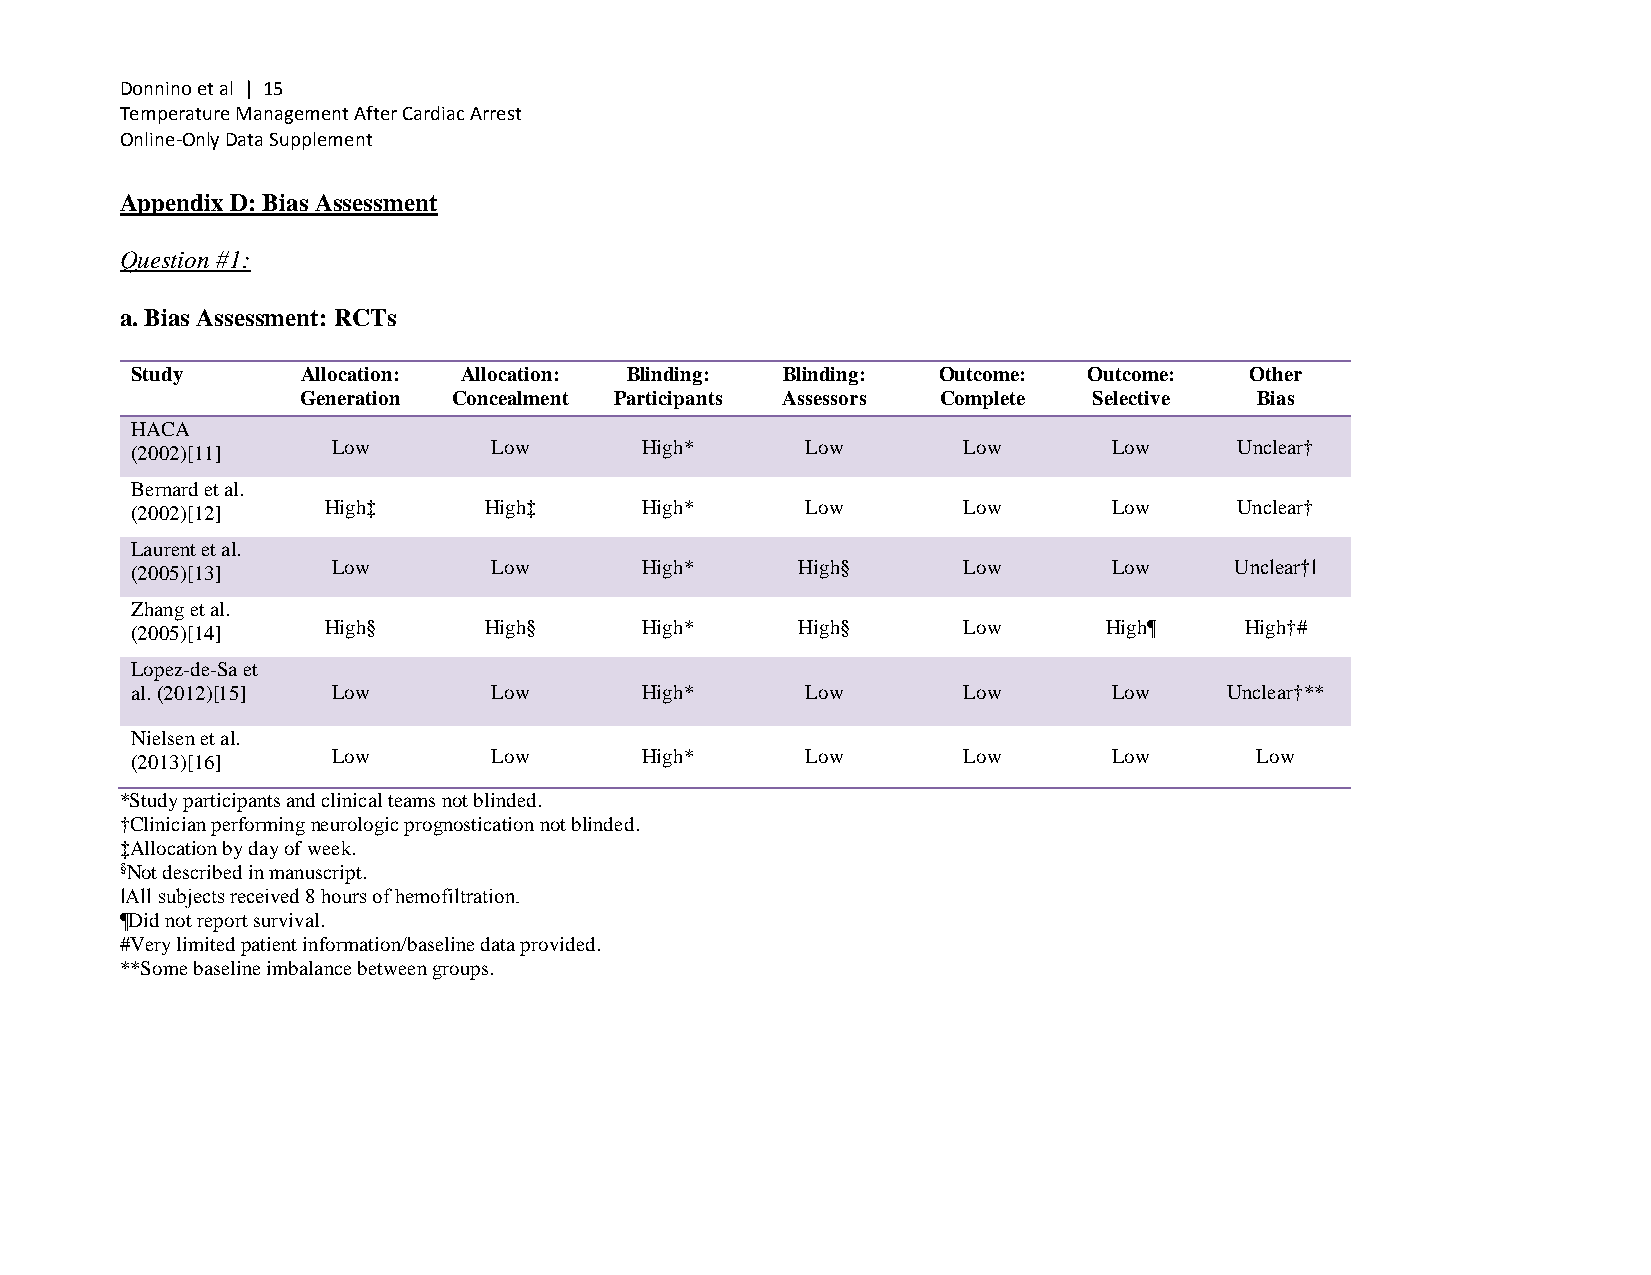
Donnino et al | 15
 Temperature Management After Cardiac Arrest
 Online-Only Data Supplement
 Appendix D: Bias Assessment
 Question #1:
 a. Bias Assessment: RCTs
 Study      Allocation: Allocation: Blinding: Blinding: Outcome: Outcome:  Other
 Generation Concealment Participants Assessors Complete Selective Bias
 HACA
 (2002)[11]   Low        Low      High*      Low        Low       Low     Unclear†
 Bernard et al.
 (2002)[12]  High‡      High‡     High*      Low        Low       Low     Unclear†
 Laurent et al.
 (2005)[13]   Low        Low      High*      High§      Low       Low     Unclear†‖
 Zhang et al.
 (2005)[14]  High§      High§     High*      High§      Low      High¶    High†#
 Lopez-de-Sa et
 al. (2012)[15] Low      Low      High*      Low        Low       Low    Unclear†**
 Nielsen et al.
 (2013)[16]   Low        Low      High*      Low        Low       Low      Low
 *Study participants and clinical teams not blinded.
 †Clinician performing neurologic prognostication not blinded.
 ‡Allocation by day of week.
 §Not described in manuscript.
 ‖All subjects received 8 hours of hemofiltration.
 ¶Did not report survival.
 #Very limited patient information/baseline data provided.
 **Some baseline imbalance between groups.